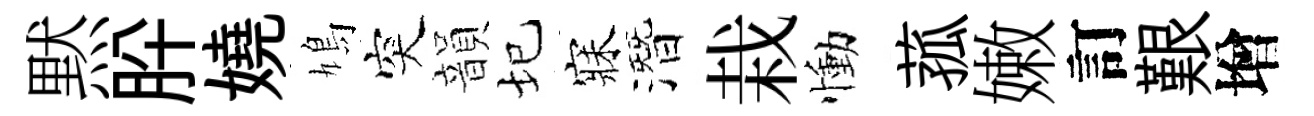
黙肸嬈鳩突韻圮寐潛栽慟菰嫩訂艱增